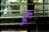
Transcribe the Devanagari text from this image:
दुः